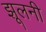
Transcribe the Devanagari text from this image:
झूलनी